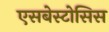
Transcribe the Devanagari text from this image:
एसबेस्टोसिस